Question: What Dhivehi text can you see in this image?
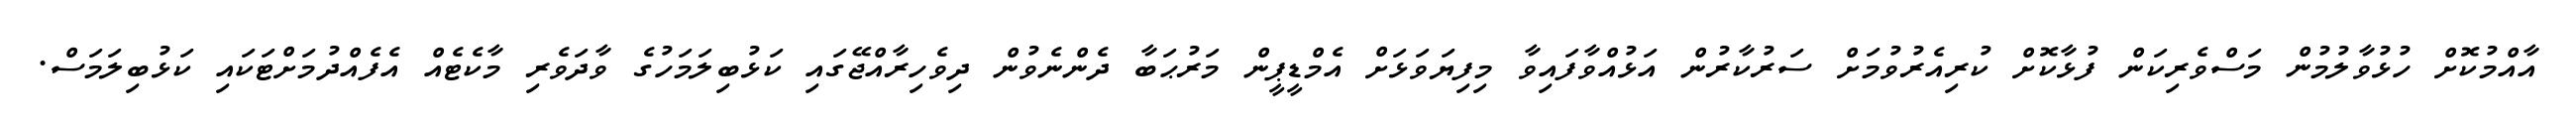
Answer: އާއްމުކޮށް ހުޅުވާލުމުން މަސްވެރިކަން ފުޅާކޮށް ކުރިއެރުވުމަށް ސަރުކާރުން އަޅުއްވާފައިވާ މިފިޔަވަޅަށް އެމްޑީޕީން މަރުޙަބާ ދެންނެވުން ދިވެހިރާއްޖޭގައި ކަޅުބިލަމަހުގެ ވާދަވެރި މާކެޓެއް އެފެއްދުމަށްޓަކައި ކަޅުބިލަމަސް.